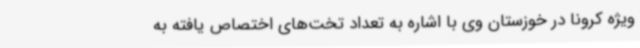
ویژه کرونا در خوزستان وی با اشاره به تعداد تخت‌های اختصاص یافته به